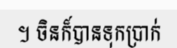
។ ចិនក៏បានទុកប្រាក់